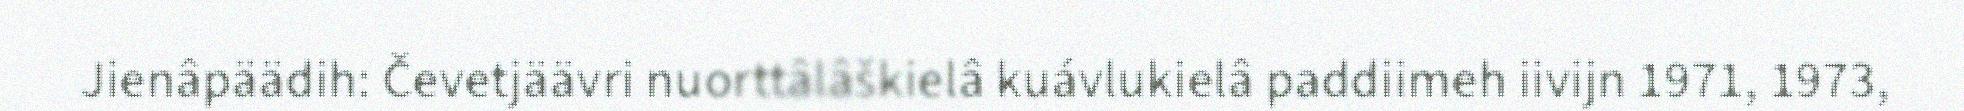
Jienâpäädih: Čevetjäävri nuorttâlâškielâ kuávlukielâ paddiimeh iivijn 1971, 1973,